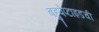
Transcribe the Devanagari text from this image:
बहुपेप्टाइडची